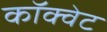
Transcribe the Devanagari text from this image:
कॉक्वेट